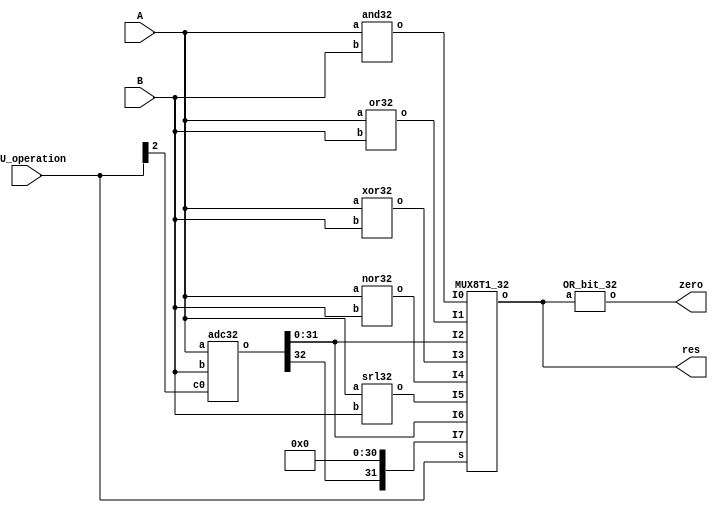
module ALU (
  input [31:0]  A,
  input [31:0]  B,
  input [2:0]   ALU_operation,
  output[31:0]  res,
  output        zero
);
// Your code
  wire [31:0] and_o;
  wire [31:0] or_o;
  wire [31:0] xor_o;
  wire [31:0] nor_o;
  wire [31:0] srl_o;
  wire [32:0] adc_o;
  
  and32 and32_0(.a(A), .b(B), .o(and_o));
  or32 or32_0(.a(A), .b(B), .o(or_o));
  xor32 xor32_0(.a(A), .b(B), .o(xor_o));
  nor32 nor32_0(.a(A), .b(B), .o(nor_o));
  srl32 srl32_0(.a(A), .b(B), .o(srl_o));
  adc32 adc32_0(.a(A), .b(B), .c0(ALU_operation[2]), .o(adc_o));
  MUX8T1_32 MUX8T1_32_0(
    .I0(and_o), 
    .I1(or_o), 
    .I2(adc_o[31:0]), 
    .I3(xor_o),
    .I4(nor_o),
    .I5(srl_o),
    .I6(adc_o[31:0]),
    .I7({adc_o[32], 31'b0}),
    .s(ALU_operation),
    .o(res)
  );
  OR_bit_32 OR_bit_32_0(.a(res), .o(zero));
endmodule


module xor32(
  input [31:0] a,
  input [31:0] b,
  output [31:0] o
);
  assign o=a^b;
endmodule

module srl32 (
  input [31:0] a,
  input [31:0] b,
  output [31:0] o 
);
  assign o = a>>(b[4:0]);
endmodule

module or32 (
  input [31:0] a,
  input [31:0] b,
  output [31:0] o
);
  assign o=a|b; 
endmodule

module and32(
  input [31:0] a,
  input [31:0] b,
  output [31:0] o
);
  assign o=b&a;
endmodule

module adc32(
    input [31:0] a,
    input [31:0] b,
    input c0,
    output [32:0] o
);
    reg [31:0] b1;
    
    always @(*) begin
        if(c0 == 1'b1) b1 = ~b;
        else b1 = b;
    end
    assign o={1'b0, a} + {c0, b1} + c0;
endmodule

module nor32(
  input [31:0] a,
  input [31:0] b,
  output [31:0] o
);
  assign o=~(b|a);
endmodule

module MUX8T1_32(
    input [31:0] I0,
    input [31:0] I1,
    input [31:0] I2,
    input [31:0] I3,
    input [31:0] I4,
    input [31:0] I5,
    input [31:0] I6,
    input [31:0] I7,
    input [2:0] s,
    output reg [31:0] o
);
    always@(*) begin
        case(s)
          3'b000: o=I0;
          3'b001: o=I1;
          3'b010: o=I2;
          3'b011: o=I3;
          3'b100: o=I4;
          3'b101: o=I5;
          3'b110: o=I6;
          3'b111: o=I7;
        endcase
    end
endmodule

module OR_bit_32(
    input [31:0] a,
    output o
);
assign o = ~|a;
endmodule